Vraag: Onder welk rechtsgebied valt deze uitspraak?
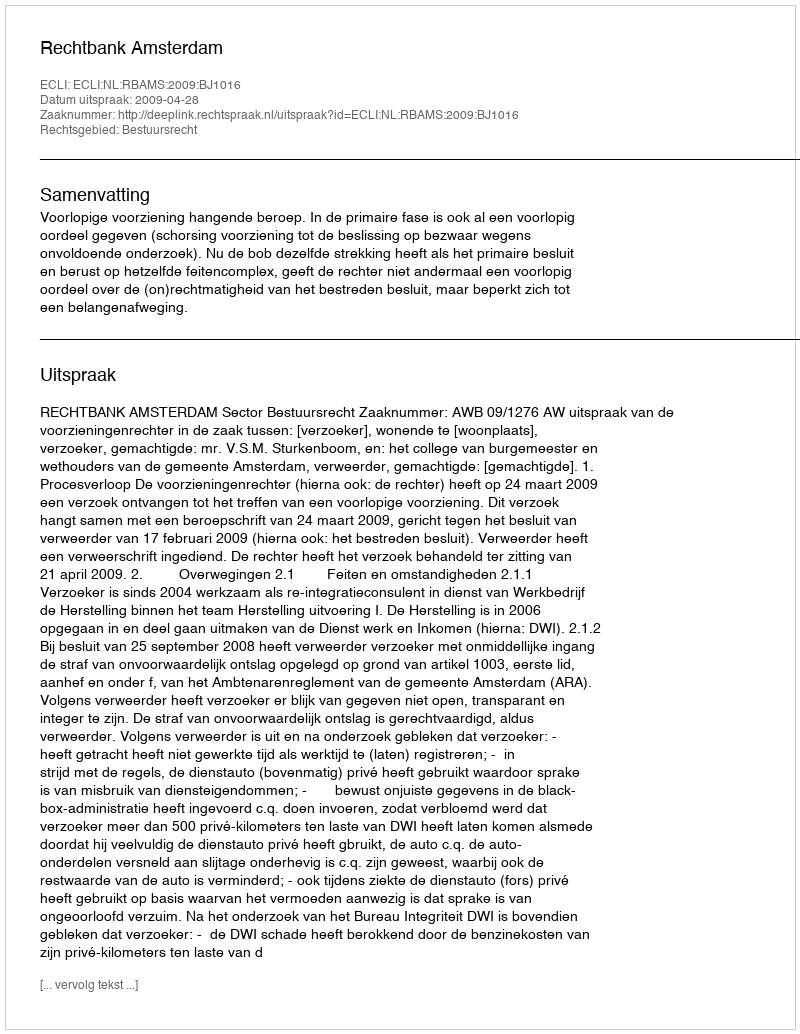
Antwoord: Bestuursrecht